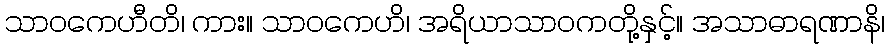
သာဝကေဟီတိ၊ ကား။ သာဝကေဟိ၊ အရိယာသာဝကတို့နှင့်။ အသာဓာရဏာနိ၊